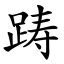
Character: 踌